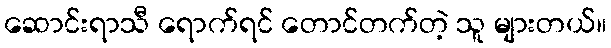
ဆောင်းရာသီ ရောက်ရင် တောင်တက်တဲ့ သူ များတယ်။